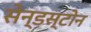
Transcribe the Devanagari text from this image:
सेन्डस्टोन